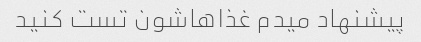
پیشنهاد میدم غذاهاشون تست کنید